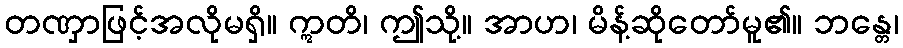
တဏှာဖြင့်အလိုမရှိ။ ဣတိ၊ ဤသို့။ အာဟ၊ မိန့်ဆိုတော်မူ၏။ ဘန္တေ၊